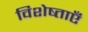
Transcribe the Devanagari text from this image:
विशेष्ताएँ